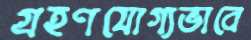
গ্রহণযোগ্যভাবে